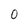
Character: o